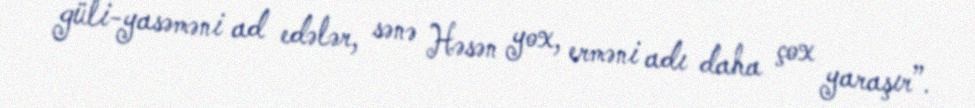
güli-yasəməni ad edələr, sənə Həsən yox, erməni adı daha çox yaraşır”.